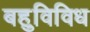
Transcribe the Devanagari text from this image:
बहुविविध